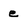
Character: e